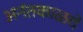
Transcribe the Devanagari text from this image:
अनंतकाळचे